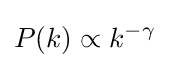
P(k)\propto k^{-\gamma }